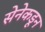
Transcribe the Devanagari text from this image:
सेनेकडून